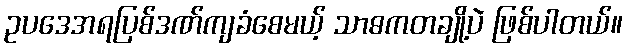
ဥပဒေအရပြစ်ဒဏ်ကျခံစေမယ့် သာဓကတချို့ပဲ ဖြစ်ပါတယ်။